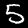
Digit: 5